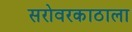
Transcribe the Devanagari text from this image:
सरोवरकाठाला